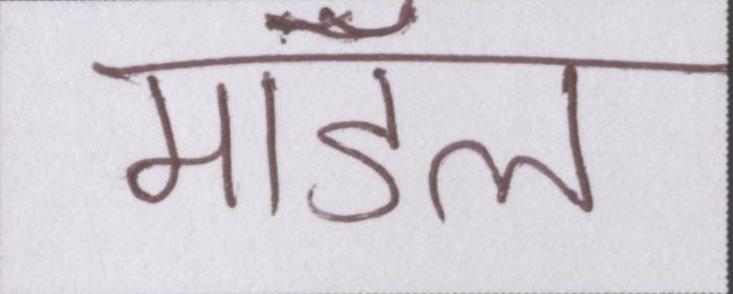
मॉडल